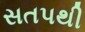
સતપથી